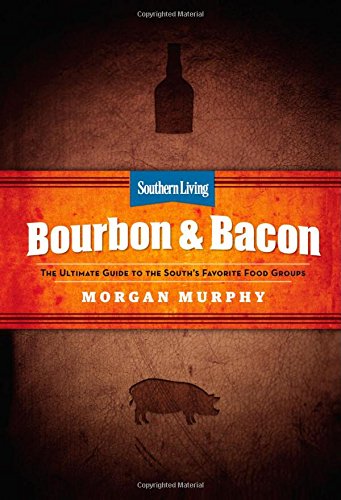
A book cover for Southern Living Bourbon & Bacon: The Ultimate Guide to the South's Favorite Foods; Morgan Murphy; Cookbooks, Food & Wine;